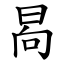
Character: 晑